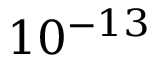
\displaystyle { 1 0 ^ { - 1 3 } }